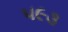
૫૯૩